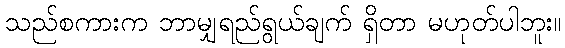
သည်စကားက ဘာမျှရည်ရွယ်ချက် ရှိတာ မဟုတ်ပါဘူး။